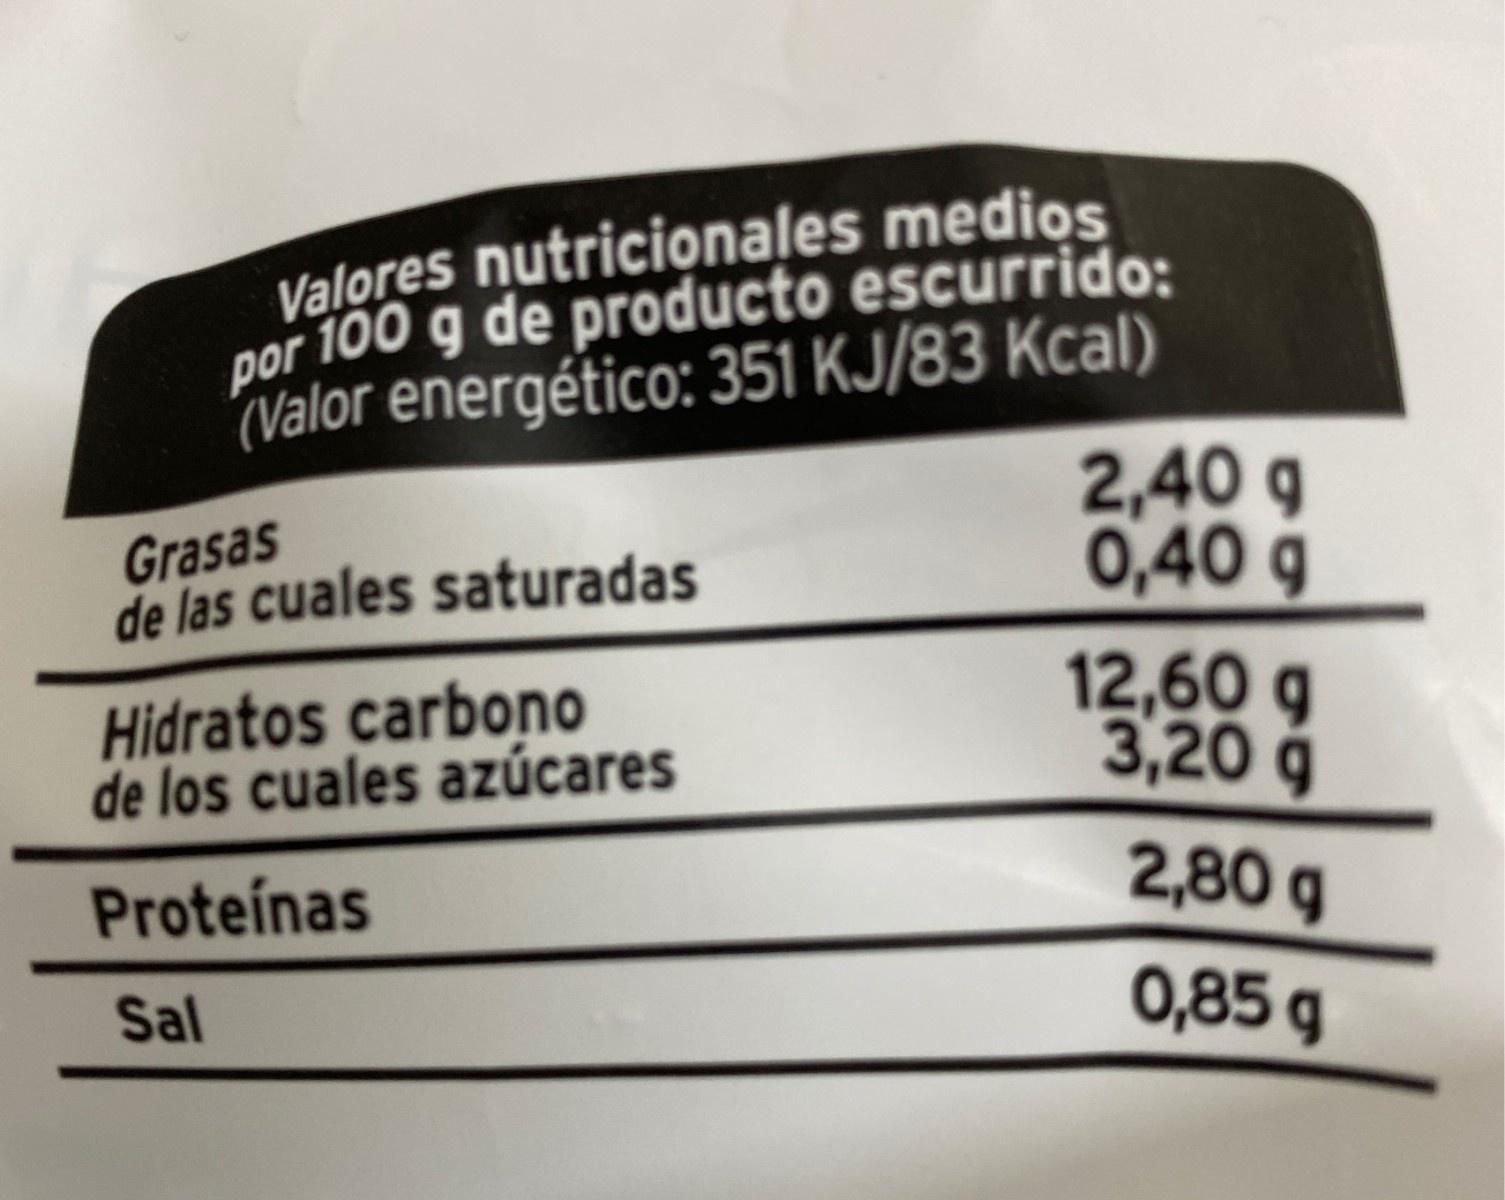
Valores nutricionales medios por 100 g de producto escurrido: (Valor energético: 351 KJ/83 Kcal) 2,40g 0,40 g Grasas de las cuales saturadas 12,60 g 3,20 g Hidratos carbono de los cuales azúcares 2,80 g Proteínas 0,85 g Sal